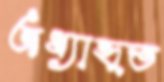
অধ্যাহৃত